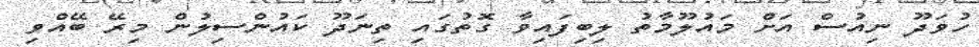
ހުވަދޫ ނިއުސް އަށް މައުލޫމާތު ލިބިފައިވާ ގޮތުގައި ތިނަދޫ ކައުންސިލުން މިރޭ ބޭއްވި